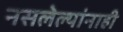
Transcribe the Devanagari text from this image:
नसलेल्यांनाही